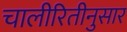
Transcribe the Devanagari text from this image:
चालीरितीनुसार